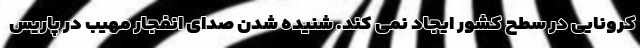
کرونایی در سطح کشور ایجاد نمی کند. شنیده شدن صدای انفجار مهیب در پاریس